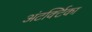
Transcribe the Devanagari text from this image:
अंटर्क्टिका